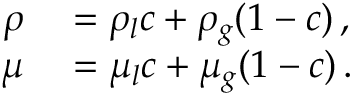
\begin{array} { r l } { \rho } & { { } = \rho _ { l } c + \rho _ { g } ( 1 - c ) \, , } \\ { \mu } & { { } = \mu _ { l } c + \mu _ { g } ( 1 - c ) \, . } \end{array}